Document type: Sale
Year: 1430
Scribe: [Unknown]
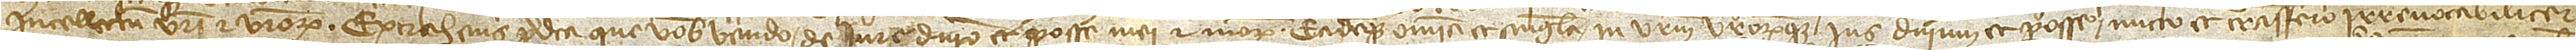
intellectum vestri et vestrorum. Extrahens predicta que vobis vendo de iure, dominio et posse mei et meorum eademque omnia et singula in vestrum vestrorumque ius, dominium et posse mitto et transfero irrevocabiliter